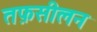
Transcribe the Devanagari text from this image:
तफ़सीलन